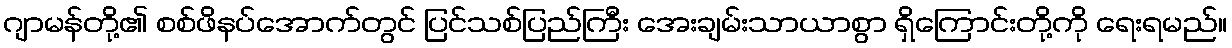
ဂျာမန်တို့၏ စစ်ဖိနပ်အောက်တွင် ပြင်သစ်ပြည်ကြီး အေးချမ်းသာယာစွာ ရှိကြောင်းတို့ကို ရေးရမည်။